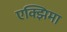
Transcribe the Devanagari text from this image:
एक्झिमा